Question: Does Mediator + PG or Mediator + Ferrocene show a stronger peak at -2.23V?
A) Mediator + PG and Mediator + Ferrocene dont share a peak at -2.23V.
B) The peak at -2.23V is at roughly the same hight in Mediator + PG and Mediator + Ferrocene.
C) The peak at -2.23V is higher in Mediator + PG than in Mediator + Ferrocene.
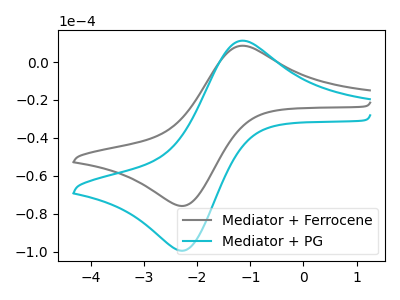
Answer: <think>The gray curve "Mediator + Ferrocene" has an anodic peak at (-1.15V, 8.60uA) and a cathodic peak at (-2.25V, -75.75uA). The cyan curve "Mediator + PG" has an anodic peak at (-1.15V, 11.25uA) and a cathodic peak at (-2.25V, -99.25uA).</think>
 <answer>C) The peak at -2.23V is higher in "Mediator + PG" than in "Mediator + Ferrocene".</answer>
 <eval>C</eval>